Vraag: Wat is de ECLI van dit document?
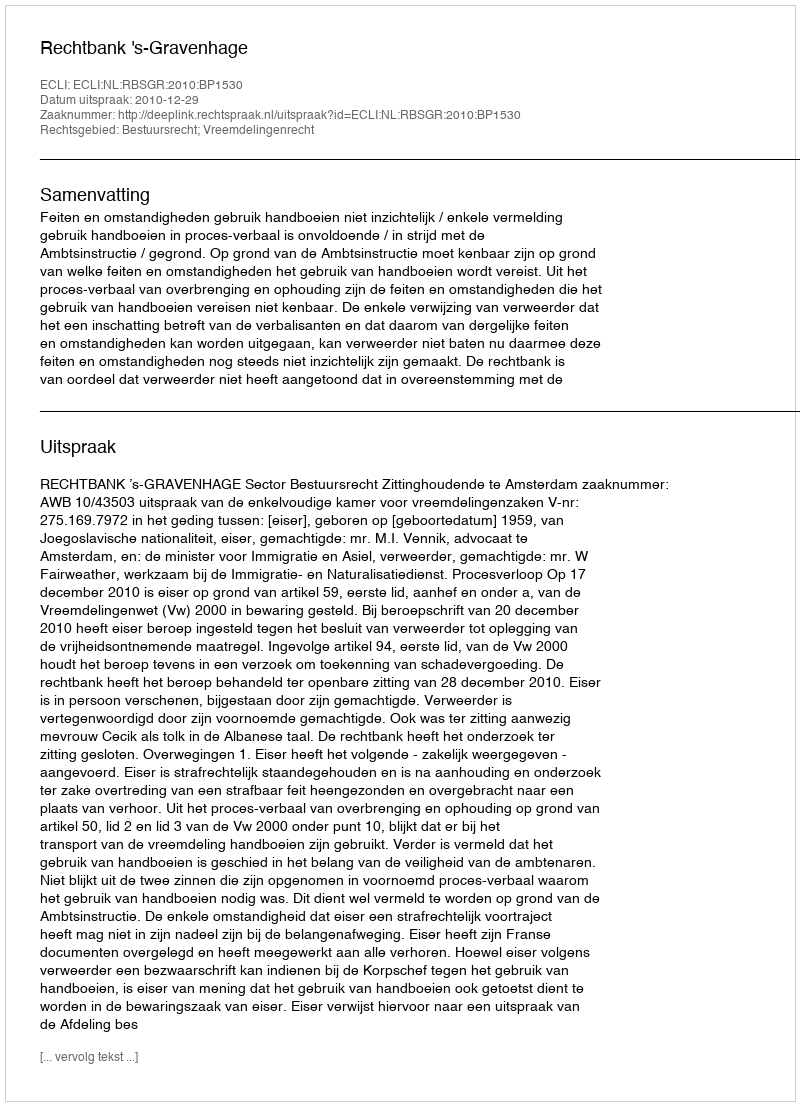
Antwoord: ECLI:NL:RBSGR:2010:BP1530